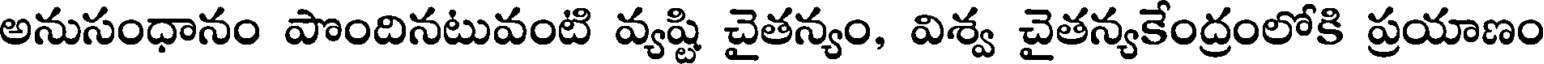
అనుసంధానం పొందినటువంటి వ్యష్టి చైతన్యం, విశ్వ చైతన్యకేంద్రంలోకి ప్రయాణం